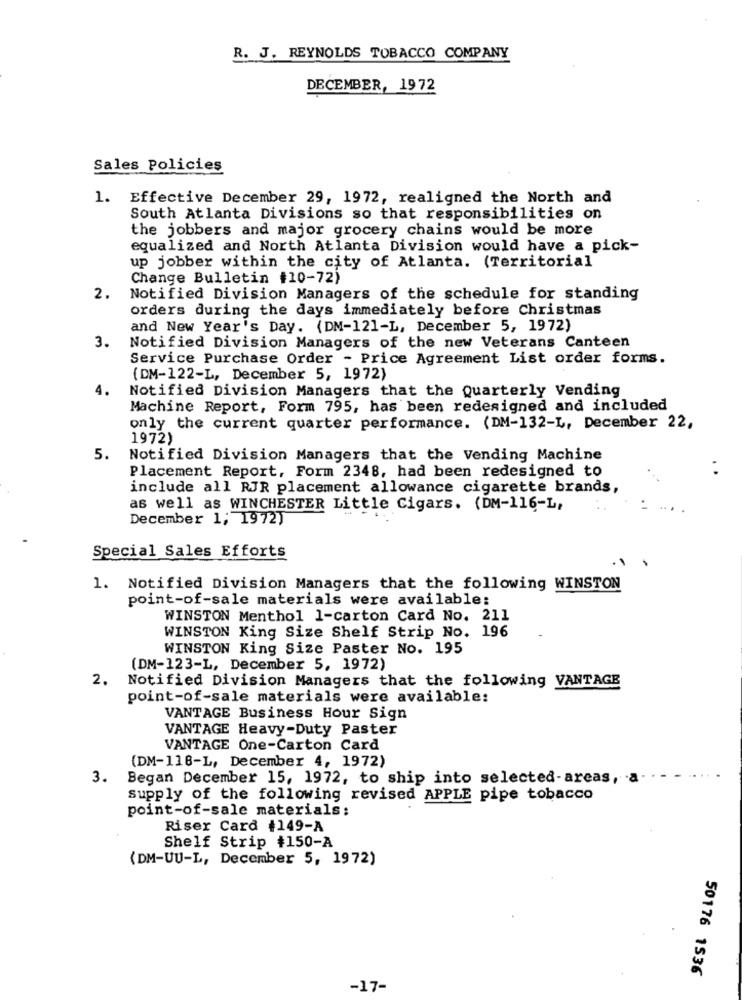
R. J. REYNOLDS TOBACCO COMPANY
DECEMBER, 1972
Sales Policies
1. Effective December 29, 1972, realigned the North and
South Atlanta Divisions so that responsibilities on
the jobbers and major grocery chains would be more
equalized and North Atlanta Division would have a pick-
up jobber within the city of Atlanta. (Territorial
Change Bulletin #10-72)
2.
Notified Division Managers of the schedule for standing
orders during the days immediately before Christmas
and New Year's Day. (DM-121-L, December 5, 1972)
3.
Notified Division Managers of the new Veterans Canteen
Service Purchase Order - Price Agreement List order forms.
(DM-122-L, December 5, 1972)
4.
Notified Division Managers that the Quarterly Vending
Machine Report, Form 795, has been redesigned and included
only the current quarter performance. (DM-132-L, December 22,
1972)
5.
Notified Division Managers that the Vending Machine
Placement Report, Form 2348, had been redesigned to
include all RJR placement allowance cigarette brands,
as well as WINCHESTER Little Cigars. (DM-116-L,
December 1; 1972)
Special Sales Efforts
1. Notified Division Managers that the following WINSTON
point-of-sale materials were available:
WINSTON Menthol 1-carton Card No. 211
WINSTON King Size Shelf Strip No. 196
WINSTON King Size Paster No. 195
(DM-123-L, December 5, 1972)
2.
Notified Division Managers that the following VANTAGE
point-of-sale materials were available:
VANTAGE Business Hour Sign
VANTAGE Heavy-Duty Paster
VANTAGE One-Carton Card
(DM-116-L, December 4, 1972)
3. Began December 15, 1972, to ship into selected-areas, a.
supply of the following revised APPLE pipe tobacco
point-of-sale materials:
Riser Card #149-A
Shelf Strip #150-A
(DM-UU-L, December 5, 1972)
50176 1536
-17-